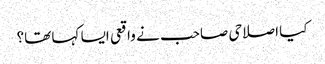
کیا اصلاحی صاحب نے واقعی ایسا کہا تھا؟